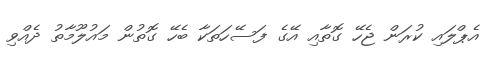
އެޕްލައި ކުރަން ޖެހޭ ގޮތާއި އޭގެ ފަސޭހަތަކާ ބެހޭ ގޮތުން މައުލޫމާތު ދެއްވި